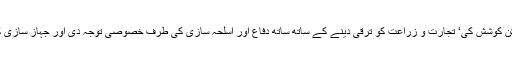
اس نے میسور کی سلطنت خداداد کو ایک خوشحال اور مستحکم اسلامی ریاست بنانے کی ہر ممکن کوشش کی‘ تجارت و زراعت کو ترقی دینے کے ساتھ ساتھ دفاع اور اسلحہ سازی کی طرف خصوصی توجہ دی اور جہاز سازی کے میدان میں پیش رفت کر کے عسکری قوت میں فرنگی استعمار کے بالمقابل آنے کا عزم کیا۔